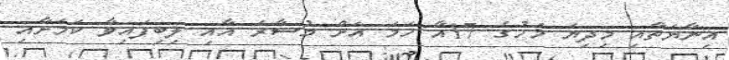
އިނާޔަތާއި މިދިޔަ މަހުގެ 17އާ ހަމަ އަށް މުސާރަ އާއި ލިބިފައިވާ ކަމަށާއި